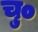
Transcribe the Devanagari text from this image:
चु०